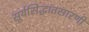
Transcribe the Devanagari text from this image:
सूर्यसिद्धांतसारणी